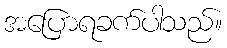
အပြောရခက်ပါသည်။